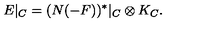
E | _ { C } = ( N ( - F ) ) ^ { * } | _ { C } \otimes K _ { C } .